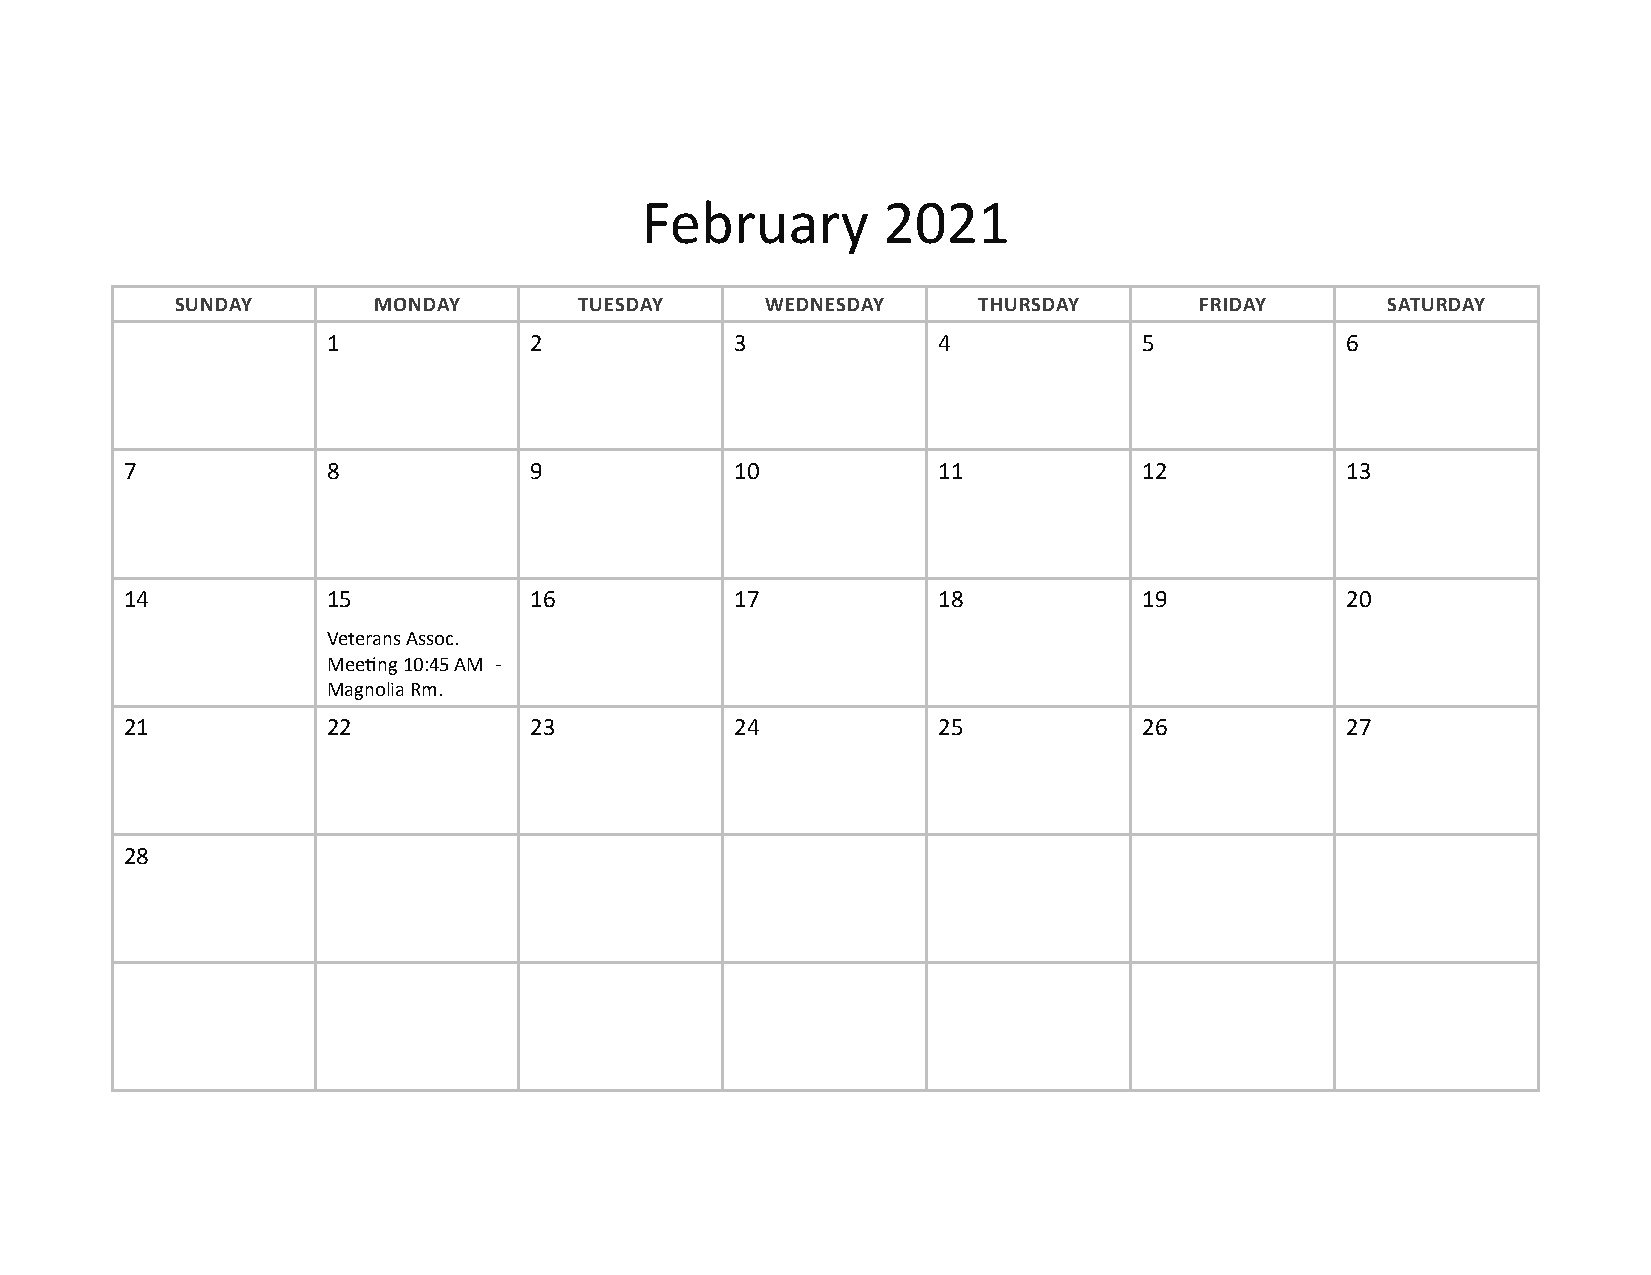
February        2021
 SUNDAY       MONDAY       TUESDAY      WEDNESDAY     THURSDAY      FRIDAY       SATURDAY
 1            2             3            4             5            6
 7             8            9             10           11            12           13
 14            15           16            17           18            19           20
 Veterans Assoc.
 Meeting 10:45 AM -
 Magnolia Rm.
 21            22           23            24           25            26           27
 28